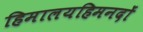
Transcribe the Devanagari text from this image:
हिमालयहिमनदों